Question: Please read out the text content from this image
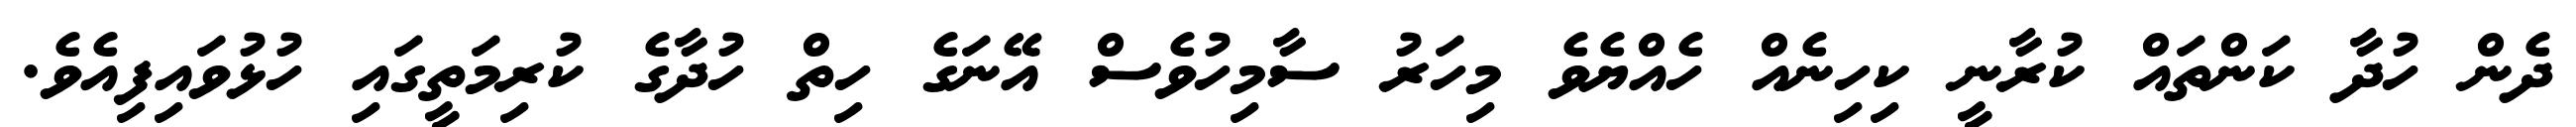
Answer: ދެން ހުދާ ކަންތައް ކުރާނީ ކިހިނެއް ހެއްޔެވެ މިހަރު ސާމިހުވެސް އޭނަގެ ހިތް ހުދާގެ ކުރިމަތީގައި ހުޅުވައިފިއެވެ.